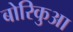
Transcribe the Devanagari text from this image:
बोरिकुआ